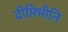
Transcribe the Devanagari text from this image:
दीप्तिभीति